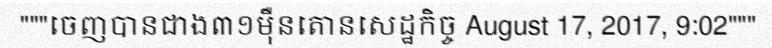
"""ចេញបានជាង៣១ម៉ឺនតោនសេដ្ឋកិច្ច August 17, 2017, 9:02"""